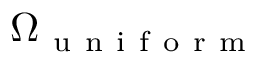
\Omega _ { \mathrm { ~ u ~ n ~ i ~ f ~ o ~ r ~ m ~ } }